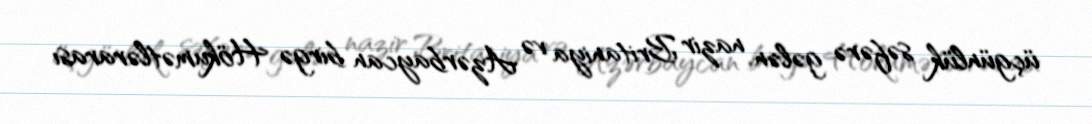
üçgünlük səfərə gələn nazir Britaniya və Azərbaycan birgə Hökumətlərarası